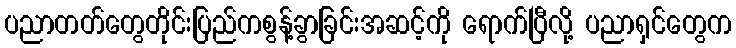
ပညာတတ်တွေတိုင်းပြည်ကစွန့်ခွာခြင်းအဆင့်ကို ရောက်ပြီလို့ ပညာရှင်တွေက